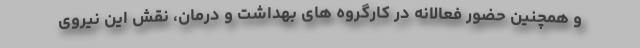
و همچنین حضور فعالانه در کارگروه های بهداشت و درمان، نقش این نیروی